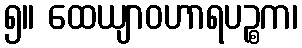
၅။ ထေယျာဝဟာရပဉ္စက၊